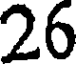
26